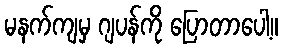
မနက်ကျမှ ဂျပန်ကို ပြောတာပေါ့။